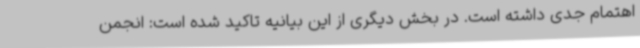
اهتمام جدی داشته است. در بخش دیگری از این بیانیه تاکید شده است: انجمن